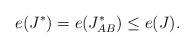
LaTeX: \begin{align*}e(J^*) = e(J^*_{AB}) \le e(J). \end{align*}